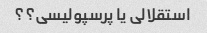
استقلالی یا پرسپولیسی؟؟